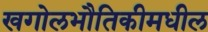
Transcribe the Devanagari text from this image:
खगोलभौतिकीमधील